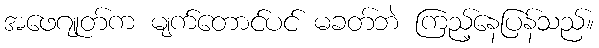
အဖေဂျုတ်က မျက်တောင်ပင် မခတ်ဘဲ ကြည့်နေပြန်သည်။